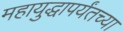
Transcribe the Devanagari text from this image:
महायुद्धापर्यंतच्या